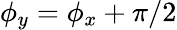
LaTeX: \phi_{y}=\phi_{x}+\pi/2